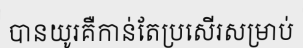
បានយូរគឺកាន់តែប្រសើរសម្រាប់